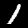
Label: 1